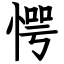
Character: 愕